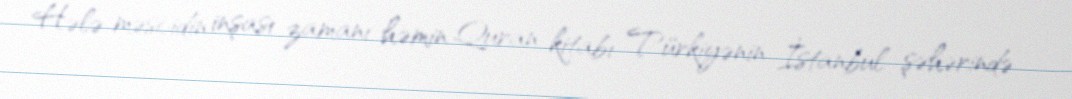
Hələ məscidin inşası zamanı həmin Quran kitabı Türkiyənin İstanbul şəhərində